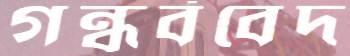
গন্ধর্ববেদ